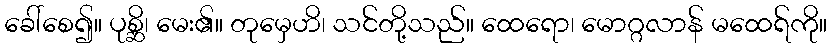
ခေါ်စေ၍။ ပုစ္ဆိ၊ မေး၏။ တုမှေဟိ၊ သင်တို့သည်။ ထေရော၊ မောဂ္ဂလာန် မထေရ်ကို။